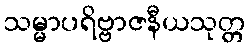
သမ္မာပရိဗ္ဗာဇနီယသုတ္တ